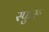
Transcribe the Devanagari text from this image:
स्फुरू